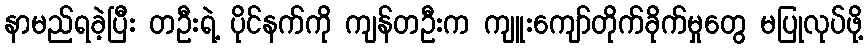
နာမည်ရခဲ့ပြီး တဦးရဲ့ ပိုင်နက်ကို ကျန်တဦးက ကျူးကျော်တိုက်ခိုက်မှုတွေ မပြုလုပ်ဖို့